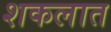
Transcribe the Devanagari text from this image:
शकलात